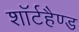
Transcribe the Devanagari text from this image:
शॉर्टहैण्ड